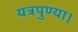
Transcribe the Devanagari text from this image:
यत्रपुण्या।